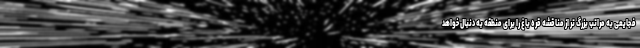
فجایعی به مراتب بزرگ تر از مناقشه قره باغ را برای منطقه به دنبال خواهد